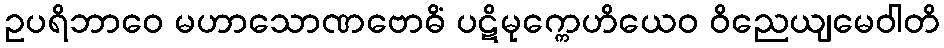
ဥပရိဘာဝေ မဟာသောဏဗောဓိံ ပဋိမုက္ကေဟိယေဝ ဝိညေယျမေဝါတိ